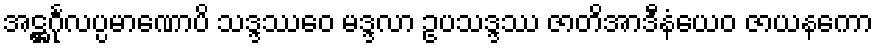
အဋ္ဌင်္ဂုလပ္ပမာဏောပိ သဒ္ဒဿေဝ မဒ္ဒလာ ဥပသဒ္ဒဿ ဇာတိအာဒီနံယေဝ ဇာယနကော